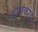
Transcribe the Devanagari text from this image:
वालकोट्ट